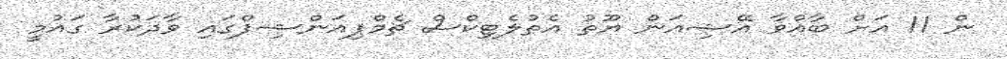
ން 11 އަށް ބާއްވާ އޭޝިއަން ޔޫތު އެތުލެޓިކްސް ޗެމްޕިއަންޝިޕްގައި ވާދަކުރާ ގައުމީ